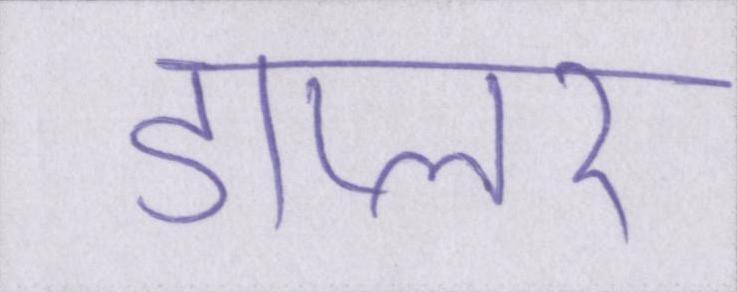
डाप्लर